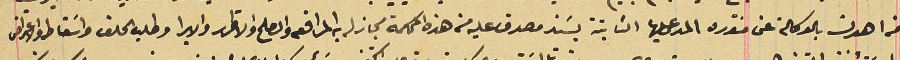
من اهدن بالوكلة عن منتوره المدعى عليها الثابتة بسَند مصدق عليه من هذه المحاكمة مجاز له به المرافعه والصلح والاقرار والابرا وطلب الحلف واسَقاط والاعتراض